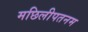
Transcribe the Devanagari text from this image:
मछिलीपतनम